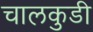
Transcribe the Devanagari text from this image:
चालकुडी